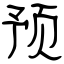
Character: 预